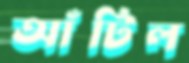
আঁটিল